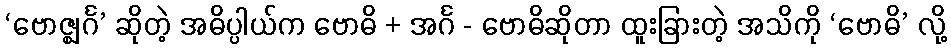
‘ဗောဇ္ဈင်္ဂ’ ဆိုတဲ့ အဓိပ္ပါယ်က ဗောဓိ + အင်္ဂ - ဗောဓိဆိုတာ ထူးခြားတဲ့ အသိကို ‘ဗောဓိ’ လို့